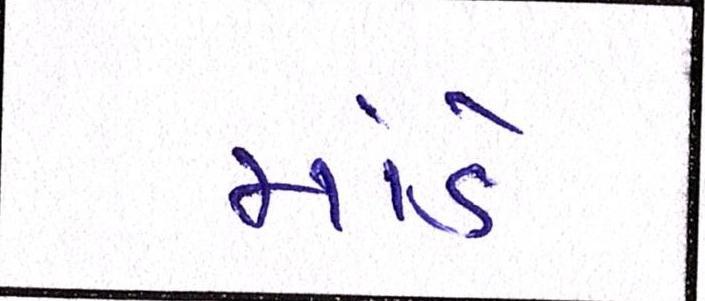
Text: માંડે